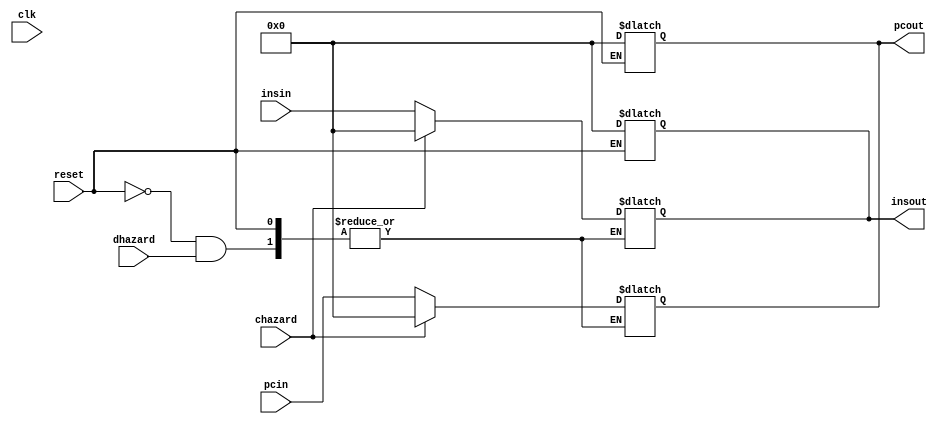
module decodePipe(insout,pcout,insin,pcin,chazard,dhazard,clk,reset);
output reg [15:0]insout,pcout;
input [15:0]insin,pcin;
input chazard,dhazard;
input clk,reset;

always @(*)
begin
if(reset)
begin
insout<=16'd0;
pcout<=16'd0;
end
end

always @(clk)
begin
if(!reset)
begin
if(dhazard)
begin
insout<=insout;//stall
pcout<=pcout;
end
else if(chazard)
begin
insout<=16'd0;//bubble (nop)
pcout<=16'd0;
end
else
begin
insout<=insin;//normal op
pcout<=pcin;
end
end
end

endmodule